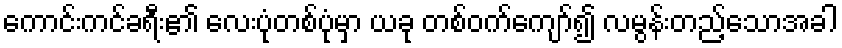
ကောင်းကင်ခရီး၏ လေးပုံတစ်ပုံမှာ ယခု တစ်ဝက်ကျော်၍ လမွန်းတည့်သောအခါ